Lunatic asylums United Provinces 1899-1908 - 1899-1908
Year: 1899
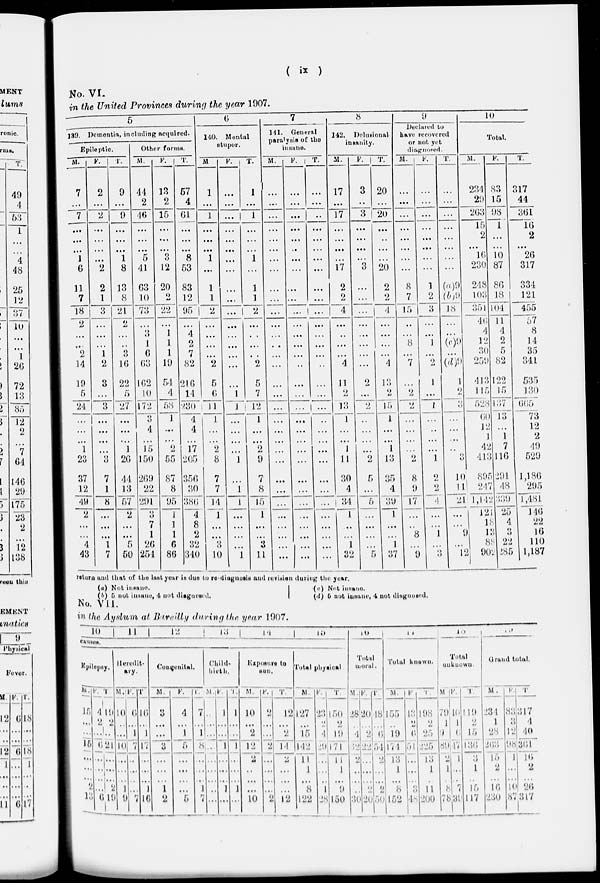
( ix )
No. VI.
in the United Provinces during the year 1907.
5
139. Dementia, including acquired.
Epileptic.
M.
7
...
7
...
...
...
1
6
11
7
18
2
...
...
2
14
19
5
24
...
...
...
1
23
37
12
49
2
...
...
4
43
F.
2
...
2
...
...
...
...
2
2
1
3
...
...
...
1
2
3
...
3
...
...
...
...
3
7
1
8
...
...
...
1
7
T.
9
...
9
...
...
...
1
8
13
8
21
2
...
...
3
16
22
5
27
...
...
...
1
26
44
13
57
2
...
...
5
50
Other forms.
M.
44
2
46
...
...
...
5
41
63
10
73
...
3
1
6
63
162
10
172
3
4
...
15
150
269
22
291
3
7
1
26
254
F.
13
2
15
...
...
...
3
12
20
2
22
...
1
1
1
19
54
4
58
1
...
...
2
55
87
8
95
1
1
1
6
86
T.
57
4
61
...
...
...
8
53
83
12
95
...
4
2
7
82
216
14
230
4
4
...
17
205
356
30
386
4
8
2
32
340
6
140.
Mental
stupor.
M.
1
...
1
...
...
...
1
...
1
1
2
...
...
...
...
2
5
6
11
1
...
2
8
7
7
14
1
...
...
3
10
F.
...
...
...
...
...
...
...
...
...
...
...
...
...
...
...
...
...
1
1
...
...
...
...
1
...
...
1
...
...
...
...
1
T.
1
...
1
...
...
...
1
...
1
1
2
...
...
...
...
2
5
7
12
1
...
...
2
9
7
8
15
1
...
...
3
11
7
141.
General
paralysis of the
insane.
M.
...
...
...
...
...
...
...
...
...
...
...
...
...
...
...
...
...
...
...
...
...
...
...
...
...
...
...
...
...
...
...
...
F.
...
...
...
...
...
...
...
...
...
...
...
...
...
...
...
...
...
...
...
...
...
...
...
...
...
...
...
...
...
...
...
...
T.
...
...
...
...
...
...
...
...
...
...
...
...
...
...
...
...
...
...
...
...
...
...
...
...
...
...
...
...
...
...
...
...
8
142.
Delusional
insanity.
M.
17
...
17
...
...
...
...
17
2
2
4
...
...
...
...
4
11
2
13
1
...
...
1
11
30
4
34
1
...
...
1
32
F.
3
...
3
...
...
...
...
3
...
...
...
...
...
...
...
...
2
...
2
...
...
...
...
2
5
...
5
...
...
...
...
5
T.
20
...
20
...
..
...
...
20
2
2
4
...
...
...
...
4
13
2
15
1
...
...
1
13
35
4
39
1
...
...
1
37
9
Declared to
have recovered
or not yet
diagnosed.
M.
...
...
...
...
...
...
...
...
8
7
15
...
...
8
...
7
...
2
2
...
...
...
...
2
8
9
17
...
...
8
...
9
F.
...
...
...
...
...
...
...
...
1
2
3
...
...
1
...
2
1
...
1
...
...
...
...
1
2
2
4
...
...
1
...
3
T.
...
...
...
...
...
...
...
...
(a) 9
(b) 9
18
...
...
(c)9
...
(d)9
1
2
3
...
...
...
...
3
10
11
21
...
...
9
...
12
10
Total.
M.
234
29
263
15
2
...
16
230
248
103
351
46
4
12
30
259
413
115
528
60
12
1
42
413
895
247
1,142
121
18
13
88
902
F.
83
15
98
1
...
...
10
87
86
18
104
11
4
2
5
82
122
15
137
13
...
1
7
116
291
48
339
25
4
3
22
285
T.
317
44
361
16
2
...
26
317
334
121
455
57
8
14
35
341
535
130
665
73
12
2
49
529
1,186
295
1,481
146
22
10
110
1,187
return and that of the last year is due to rediagnosis and revision during the year.
(a) Not insane.
(b) 5 not insane. 4 not diagnosed.
(c)
Not
insane.
(d) 5 not insane, 4 not diagnosed.
No.
VII.
in the Ayslum at Bareilly during the year 1907.
10
11
12
13
14
15
16
17
18
19
causes.
Epilepsy.
M.
15
...
...
15
...
...
...
2
13
F.
4
2
...
6
...
...
...
...
6
T.
19
2
...
21
...
...
...
2
19
Heredit-
ary.
M.
10
...
...
10
...
...
...
1
9
F.
6
...
1
7
...
...
...
...
7
T.
16
...
1
17
...
...
...
1
16
Congenital.
M.
3
...
...
3
...
...
...
1
2
F.
4
...
1
5
...
...
...
...
5
T.
7
1
8
...
...
...
1
7
Child-
birth.
M.
...
...
...
...
...
...
...
...
...
F.
1
...
...
1
...
...
...
1
...
T.
1
...
...
1
...
...
...
1
Fxposure to
sun.
M.
10
...
2
12
2
...
...
...
10
F.
2
...
...
2
...
...
...
...
2
T
12
...
2
14
2
...
...
...
12
Total physical
M.
127
...
15
142
11
1
...
8
122
F.
23
2
4
29
...
...
...
1
28
T.
150
2
19
171
11
1
...
9
150
Total
moral.
M
28
...
4
32
2
...
...
...
30
F.
20
...
2
22
...
...
...
...
20
T.
48
...
6
54
2
...
...
2
50
Total known.
M.
155
...
19
174
13
1
...
8
152
F
43
2
6
51
...
...
...
3
48
T.
198
2
25
225
13
1
...
11
200
Total
unknown
M
79
1
9
89
2
1
...
8
78
F.
40
1
6
47
1
...
...
7
39
T.
119
2
15
136
3
1
...
15
117
Grand total.
M.
234
1
28
263
15
2
...
16
230
F.
83
3
12
98
1
...
...
10
87
T
317
4
40
361
16
2
...
26
317